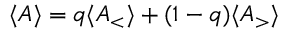
\langle { A } \rangle = q \langle { A _ { \mathrm { < } } } \rangle + ( 1 - q ) \langle { A _ { \mathrm { > } } } \rangle